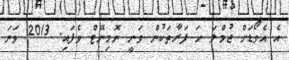
އެ އެވޯޑަށް ޖުމްލަ ހަ ފަރާތަކުން ވަނީ ނޮމިނޭޓް ވެފައި. 2013 ވަނަ